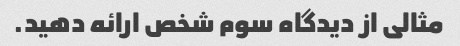
مثالی از دیدگاه سوم شخص ارائه دهید.